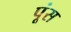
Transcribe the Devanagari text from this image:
पूंस